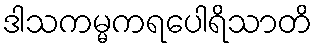
ဒါသကမ္မကရပေါရိသာတိ